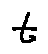
t